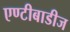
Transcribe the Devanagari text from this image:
एण्टीबाडीज